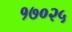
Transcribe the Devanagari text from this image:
१७०२५